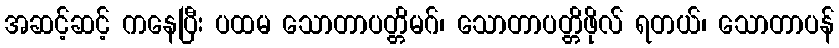
အဆင့်ဆင့် ကနေပြီး ပထမ သောတာပတ္တိမဂ်၊ သောတာပတ္တိဖိုလ် ရတယ်၊ သောတာပန်